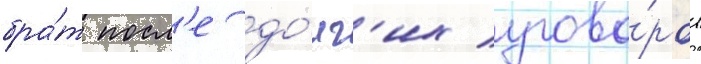
бра́т посл'е до́лг'их угово́ров